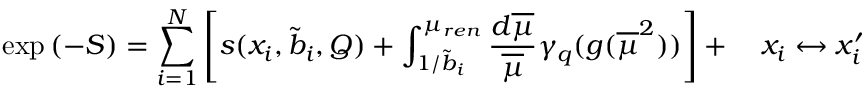
\exp { ( - S ) } = \sum _ { i = 1 } ^ { N } \left[ s ( x _ { i } , \tilde { b } _ { i } , Q ) + \int _ { 1 / \tilde { b } _ { i } } ^ { \mu _ { r e n } } \frac { d \overline { { { \mu } } } } { \overline { { { \mu } } } } \gamma _ { q } ( g ( \overline { { { \mu } } } ^ { 2 } ) ) \right] + \quad x _ { i } \leftrightarrow x _ { i } ^ { \prime }